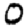
Digit: 0